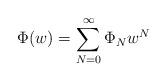
LaTeX: \begin{align*}\Phi(w)=\sum_{N=0}^\infty\Phi_N w^N\end{align*}